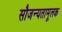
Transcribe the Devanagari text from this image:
सौजन्यतामूलक